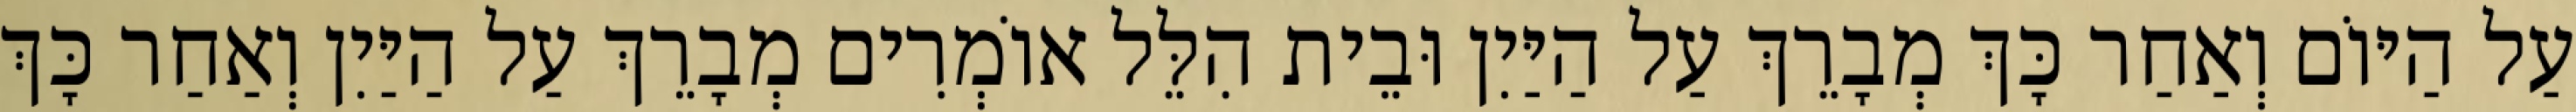
עַל הַיּוֹם וְאַחַר כָּךְ מְבָרֵךְ עַל הַיַּיִן וּבֵית הִלֵּל אוֹמְרִים מְבָרֵךְ עַל הַיַּיִן וְאַחַר כָּךְ